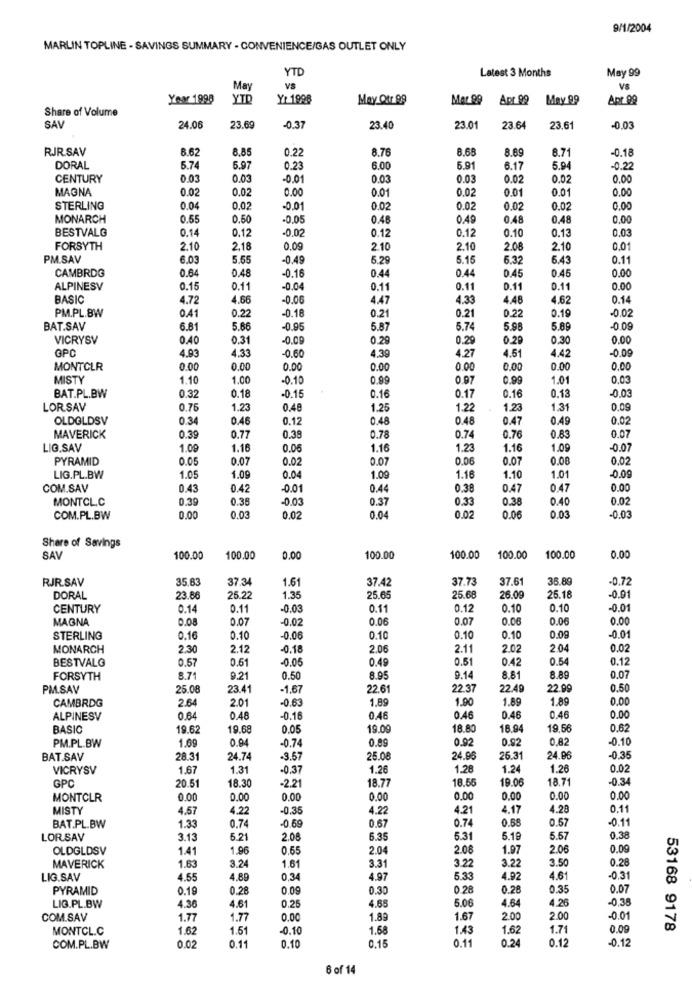
9/1/2004
MARLIN TOPLINE - SAVINGS SUMMARY - CONVENIENCE/GAS OUTLET ONLY
YTD
Latest 3 Months
May 99
May
VS
VS
Year 1998
YTD
Yr 1998
May Otr 99
Mar 99
Apt 99
May 99
Apt.99
Share of Volume
SAL
24.06
23.69
-0.37
23.40
23.01
23.64
23.61
-0.0
RJR.SAV
8.62
8.85
8.76
8.68
8.69
8.71
-0.18
0.22
DORAL
5.74
5.97
0.23
6.00
6.91
6.17
5.94
-0.2
CENTURY
0.03
0.03
-0.01
0.03
0.03
0.02
0.02
0.00
MAGNA
0.02
0.02
0.00
0.01
0.02
0.01
0.01
0.00
STERLING
0.0
0.0.
-0,01
0.02
0.02
0.02
0.02
0.00
MONARCH
0.55
0.50
-0.05
0.46
0.49
0.48
0.48
0,00
BESTVALG
0.14
0.12
-0.02
0.12
0.12
0.10
0.13
0.03
FORSYTH
2.10
2,18
0.09
2.10
2.10
2.08
2.10
0.01
PM.SAV
6.03
5.55
-0.49
6.29
5.15
6.32
6.43
0.11
CAMBRDG
0.64
0.48
-0.16
0.44
0.44
0.45
0.00
0.45
ALPINESV
0.15
0.11
-0.04
0.11
0.11
0.11
0.11
0.00
BASIC
4.72
4.66
-0.00
4.47
4.33
4.48
4.62
0.14
PM.PL.BW
0.41
0.22
-0.18
0.21
0.19
-0.02
0.21
0.22
BAT.SAV
6.81
5.66
-0.95
5.87
5.7
5.98
5.89
-0.09
VICRYSV
0.40
0.31
-0.00
0.29
0.29
0.29
0.30
0.00
GPC
4.93
4.33
-0.60
4.39
4.27
-0.09
4.51
4.42
MONTCLR
0.00
0.00
0.00
0.00
0.00
0.00
0.00
0.00
MISTY
1.10
1.00
-0.10
0.99
0.91
0.99
1.01
0.03
BAT.PL.BW
0.18
-0.03
0.32
-0.15
0.16
0.17
0.16
0.13
LORSAV
0.76
1.23
0.48
1.25
1.22
1.23
1.31
0.09
OLDOLDSV
0.34
0.46
0.12
0.48
0.48
0.47
0.49
0.02
0.7
MAVERICK
0.39
0.77
0.38
0.78
0.76
0.83
0.07
LIG.SAV
1.09
1.16
0.06
1.16
1.23
1.16
1.09
0.07
PYRAMID
0.05
0.07
0.0
0.07
0.06
0.07
0.08
0.02
LIG.PL.BW
1.05
1.09
0.04
1.09
1.16
1.10
1.01
-0.09
COM.SAV
0.43
0.42
-0.01
0.44
0.38
0.47
0.47
0.00
MONTCLC
0.39
0.38
-0.03
0.37
0.33
0.38
0.40
0.02
COM.PL.BW
0.03
0.02
0.04
0.02
0.06
0.03
-0.03
Share of Savings
0.00
SAV
100.00
100.00
0.00
100.00
100.00
100.00
100.00
RJR.SAV
35.63
37.34
1.61
37.73
37.61
35.89
-0.72
37.42
DORAL
23.86
25.22
1.35
25.65
25.68
26.09
25.18
-0.91
CENTURY
0.14
0.11
-0.0
0.11
0.12
0.10
0.10
-0.0
MAGNA
0.08
0.07
0.02
0.06
0.07
0.06
0.06
0.00
-0.01
STERLING
0.16
0.10
0.06
0.10
0.10
0.10
0.09
MONARCH
2.30
2.12
0.18
2.06
2.11
2.02
204
0.0
BESTVALG
0.51
0.51
0.05
0.49
0.51
0.42
0.54
0.12
FORSYTH
8.7
9.21
0.50
8.95
9.14
8.81
8.89
0.07
PM.SAV
25.08
23.41
-1,67
22.61
22.37
22.49
22.99
0.50
2.64
2.01
1.89
1.90
1.89
1.89
0.00
CAMBRDG
-0.63
ALPINESV
0.64
0.48
-0.1
0.46
0.46
0.46
0.46
0.00
BASIC
19.62
19.68
0.05
19.00
18.80
18.94
19,56
0.62
PM.PL.BW
1.69
0.94
-0.74
0.89
0.92
0.92
0.82
-0.10
BAT.SAV
28.31
24.7
3.57
25.08
24.96
26.3
24.96
-0.35
VICRYSV
1.67
1.31
-0.3
1.26
1.28
1.24
1.28
0.02
GPC
20.51
-2.21
18.77
18.55
19.06
18.71
-0.34
18.30
MONTCLR
0.00
0.00
0.00
0.00
0.00
0.00
0.00
0.00
MISTY
4.57
4.22
-0.35
4.22
4.21
4.17
4.28
0.11
0.67
0.74
0.68
0.57
-0.1
BAT.PL.BW
1.33
0.74
-0.6
LORSAV
3.15
5.21
2.00
6.35
5.31
5.1
5.57
0.38
OLDGLDSV
1.41
1.96
0.55
2.04
2.08
1.97
2.06
0.00
3.22
3.22
3.50
0.28
MAVERICK
1.6
3.24
1.61
3.31
LIG.SAV
4.55
4.89
0.34
4.97
5.33
4.92
4.61
-0.3
PYRAMID
0.19
0.28
0.09
0.30
0.28
0.26
0.35
0.07
0.25
4.65
5.06
4.26
-0,38
LIG.PL.BW
4.36
4.61
4.64
COM.SAV
1.77
1.77
0.00
1.89
1.67
2.00
2.00
-0.0
MONTCL.C
1.62
1.51
-0.1
1.68
1.43
1.62
1.71
0.09
53168 9178
0.15
0.11
0.24
0.12
-0.12
COM.PL.BW
0.02
0.11
0.10
6 of 14